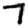
Digit: 7